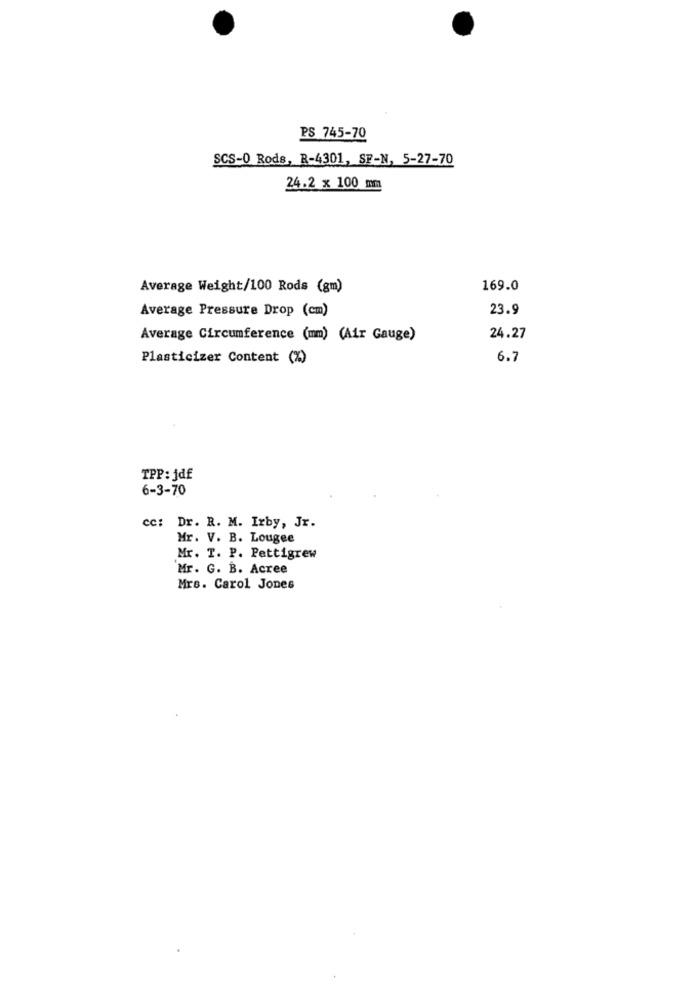
PS 745-70
SCS-0 Rods, R-4301, SF-N, 5-27-70
24.2 x 100 mm
Average Weight/100 Rods (gm)
169.0
Average Pressure Drop (cm)
23.9
Average Circumference (mm) (Air Gauge)
24.27
Plasticizer Content (%)
6.7
TPP: jdf
6-3-70
cc: Dr. R. M. Irby, Jr.
Mr. V. B. Lougee
Mr. T. P. Pettigrew
Mr. G. B. Acree
Mrs. Carol Jones